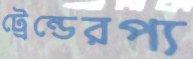
ট্রেন্ডেরপ্য